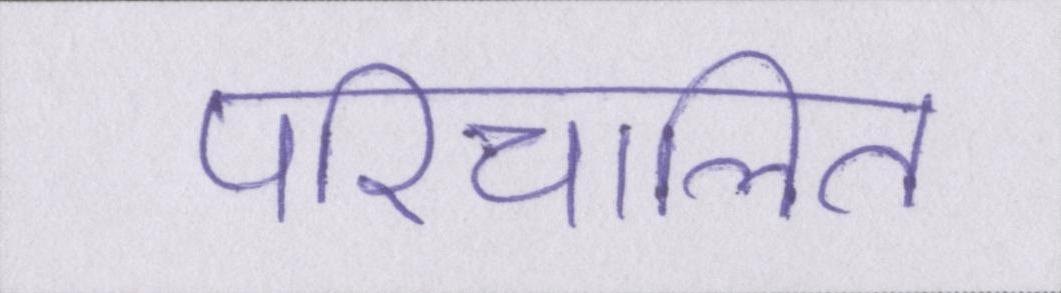
परिचालित